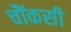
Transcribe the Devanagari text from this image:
चौंकसी